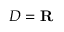
D = \mathbf { R } \quad